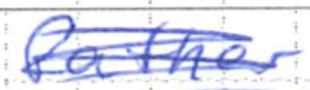
Text: father
Cross-out: scratch
Writing tool: ballpoint